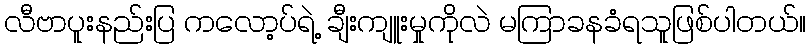
လီဗာပူးနည်းပြ ကလော့ပ်ရဲ့ ချီးကျူးမှုကိုလဲ မကြာခနခံရသူဖြစ်ပါတယ်။